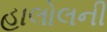
હાલોલની